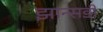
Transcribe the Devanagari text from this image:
झान्सडी